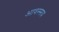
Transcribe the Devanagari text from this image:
आवस्सय